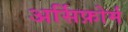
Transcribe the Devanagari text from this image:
अर्सिफ़ोर्म